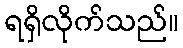
ရရှိလိုက်သည်။